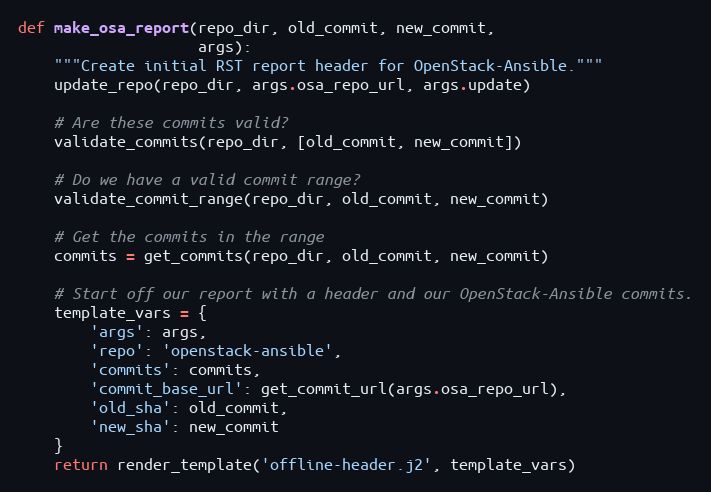
Language: Python
def make_osa_report(repo_dir, old_commit, new_commit,
                    args):
    """Create initial RST report header for OpenStack-Ansible."""
    update_repo(repo_dir, args.osa_repo_url, args.update)

    # Are these commits valid?
    validate_commits(repo_dir, [old_commit, new_commit])

    # Do we have a valid commit range?
    validate_commit_range(repo_dir, old_commit, new_commit)

    # Get the commits in the range
    commits = get_commits(repo_dir, old_commit, new_commit)

    # Start off our report with a header and our OpenStack-Ansible commits.
    template_vars = {
        'args': args,
        'repo': 'openstack-ansible',
        'commits': commits,
        'commit_base_url': get_commit_url(args.osa_repo_url),
        'old_sha': old_commit,
        'new_sha': new_commit
    }
    return render_template('offline-header.j2', template_vars)